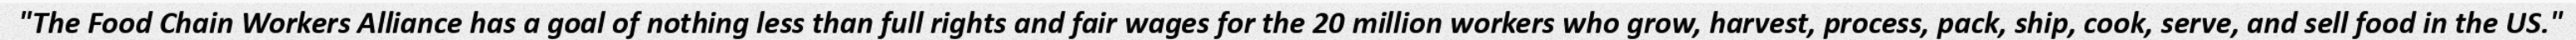
"The Food Chain Workers Alliance has a goal of nothing less than full rights and fair wages for the 20 million workers who grow, harvest, process, pack, ship, cook, serve, and sell food in the US."